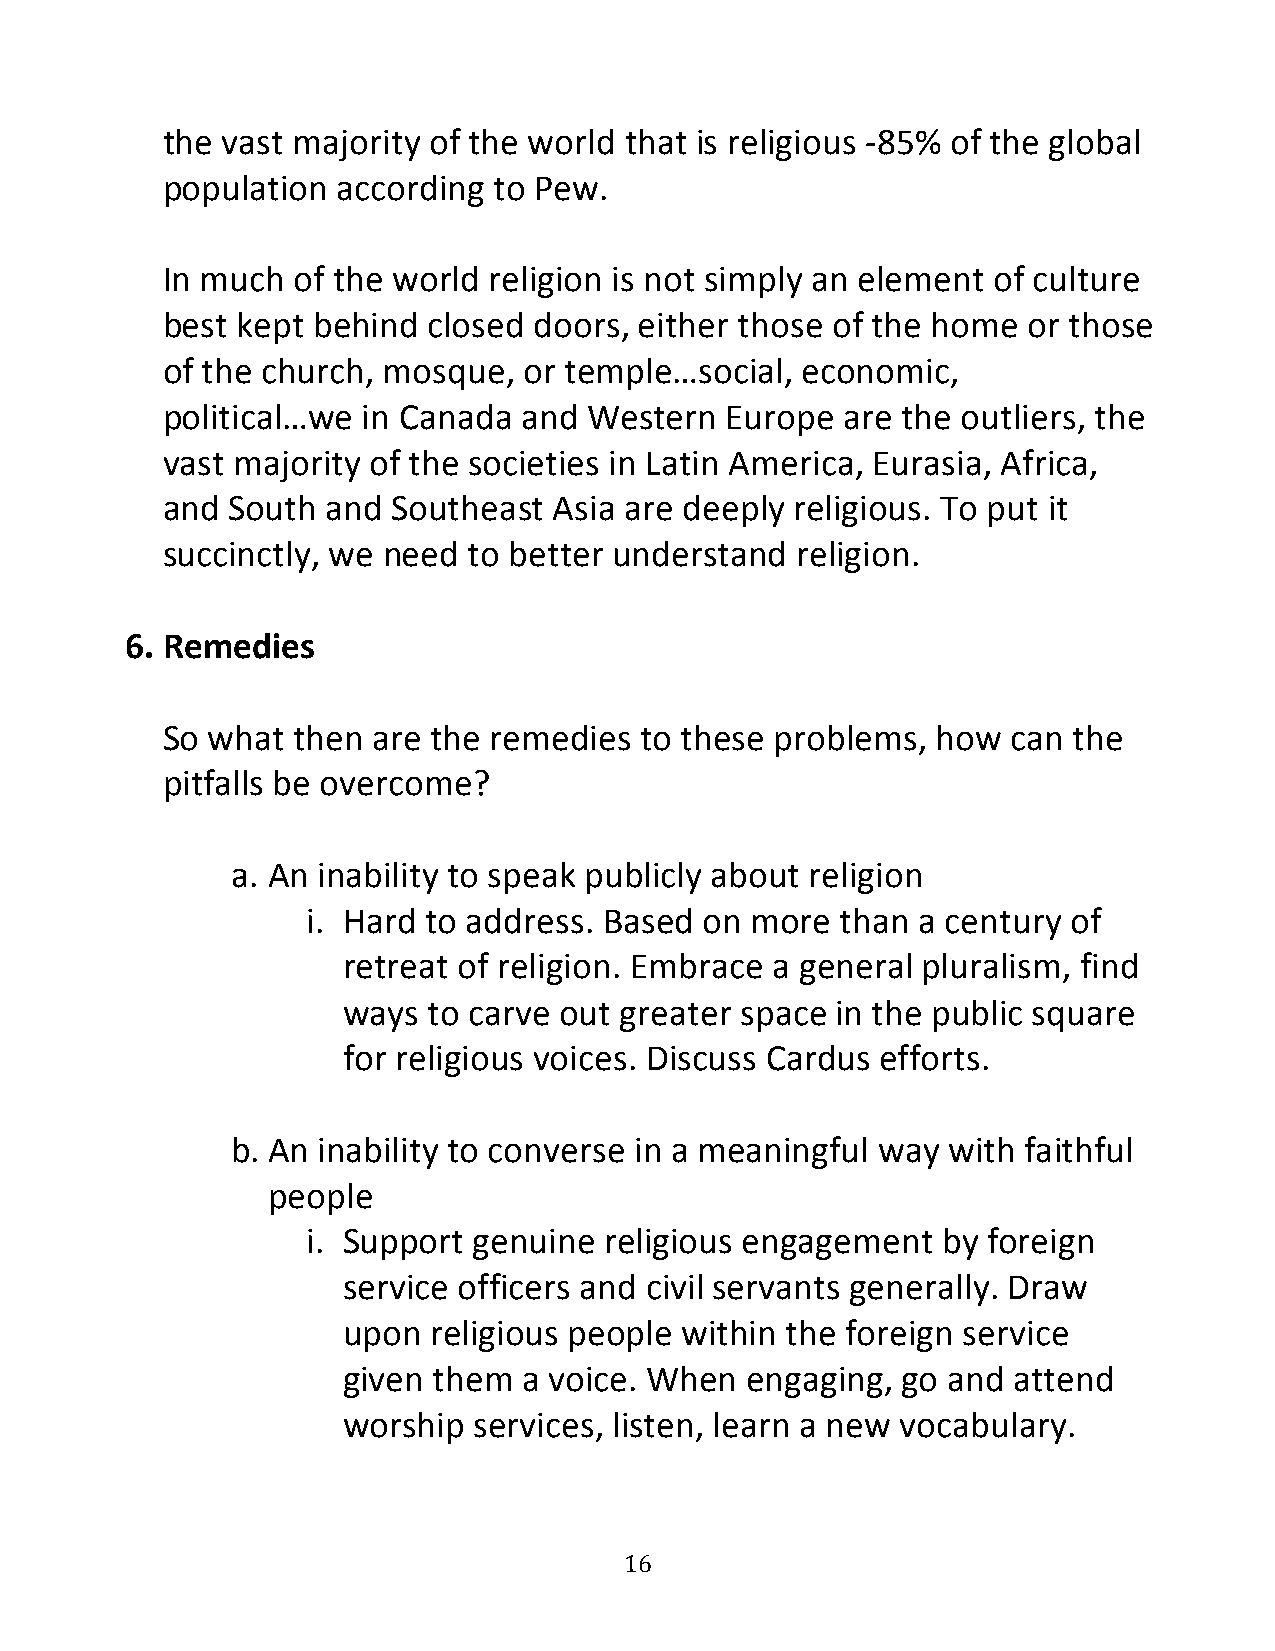
the vast majority of the world that is religious -85% of the global
 population according  to Pew.
 In much of the world religion is not simply an element of culture
 best kept behind closed doors, either those of the home  or those
 of the church, mosque,  or temple…social, economic,
 political…we in Canada  and Western  Europe  are the outliers, the
 vast majority of the societies in Latin America, Eurasia, Africa,
 and South  and Southeast  Asia are deeply religious. To put it
 succinctly, we need to better understand  religion.
 6. Remedies
 So what then  are the remedies to these problems,  how  can the
 pitfalls be overcome?
 a. An inability to speak publicly about religion
 i. Hard to address. Based  on more  than a century of
 retreat of religion. Embrace a general pluralism, find
 ways to carve out greater space in the public square
 for religious voices. Discuss Cardus efforts.
 b. An inability to converse in a meaningful way with faithful
 people
 i. Support genuine  religious engagement  by foreign
 service officers and civil servants generally. Draw
 upon religious people within the foreign service
 given them  a voice. When engaging,  go and attend
 worship services, listen, learn a new vocabulary.
 16